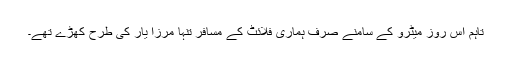
تاہم اس روز میٹرو کے سامنے صرف ہماری فلائٹ کے مسافر تنہا مرزا یار کی طرح کھڑے تھے۔